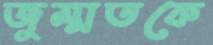
জুম্মতকে